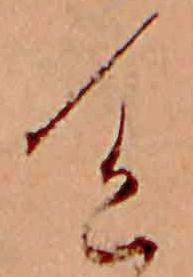
色